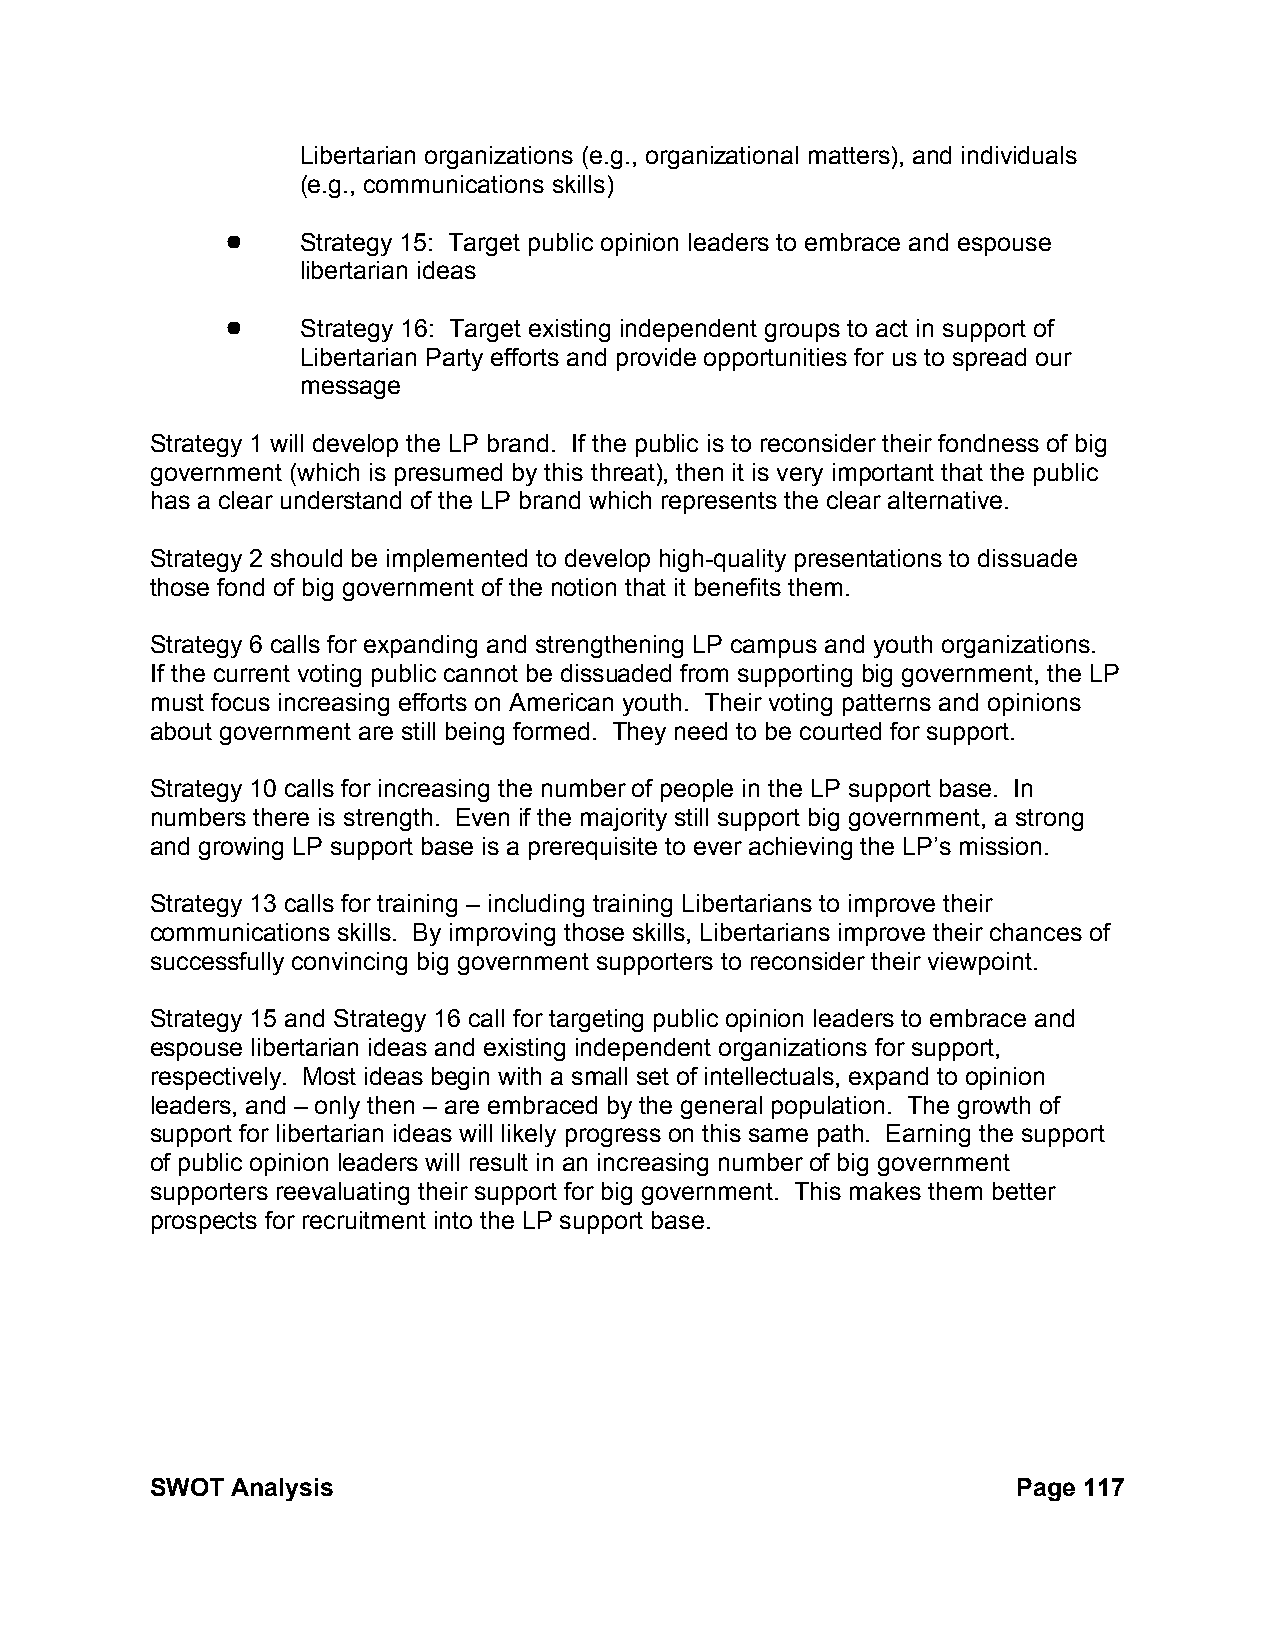
Libertarian organizations (e.g., organizational matters), and individuals
 (e.g., communications skills)
 !    Strategy 15: Target public opinion leaders to embrace and espouse
 libertarian ideas
 !    Strategy 16: Target existing independent groups to act in support of
 Libertarian Party efforts and provide opportunities for us to spread our
 message
 Strategy 1 will develop the LP brand. If the public is to reconsider their fondness of big
 government (which is presumed by this threat), then it is very important that the public
 has a clear understand of the LP brand which represents the clear alternative.
 Strategy 2 should be implemented to develop high-quality presentations to dissuade
 those fond of big government of the notion that it benefits them.
 Strategy 6 calls for expanding and strengthening LP campus and youth organizations.
 If the current voting public cannot be dissuaded from supporting big government, the LP
 must focus increasing efforts on American youth. Their voting patterns and opinions
 about government are still being formed. They need to be courted for support.
 Strategy 10 calls for increasing the number of people in the LP support base. In
 numbers there is strength. Even if the majority still support big government, a strong
 and growing LP support base is a prerequisite to ever achieving the LP’s mission.
 Strategy 13 calls for training – including training Libertarians to improve their
 communications skills. By improving those skills, Libertarians improve their chances of
 successfully convincing big government supporters to reconsider their viewpoint.
 Strategy 15 and Strategy 16 call for targeting public opinion leaders to embrace and
 espouse libertarian ideas and existing independent organizations for support,
 respectively. Most ideas begin with a small set of intellectuals, expand to opinion
 leaders, and – only then – are embraced by the general population. The growth of
 support for libertarian ideas will likely progress on this same path. Earning the support
 of public opinion leaders will result in an increasing number of big government
 supporters reevaluating their support for big government. This makes them better
 prospects for recruitment into the LP support base.
 SWOT Analysis                                            Page 117